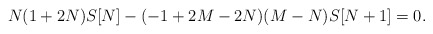
\begin{align*} N(1+2N)S[N]-(-1+2M-2N)(M-N)S[N+1]=0. \end{align*}